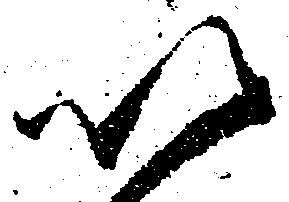
以